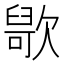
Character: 𣤑